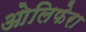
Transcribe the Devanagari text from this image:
ओलिफेरा